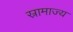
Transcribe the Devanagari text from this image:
स्रामाज्य